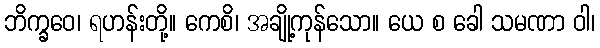
ဘိက္ခဝေ၊ ရဟန်းတို့။ ကေစိ၊ အချို့ကုန်သော။ ယေ စ ခေါ သမဏာ ဝါ၊